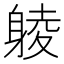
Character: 𨉞